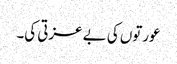
عورتوں کی بے عزتی کی۔